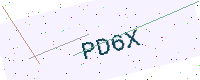
Text: PD6X